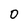
Character: 0